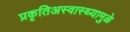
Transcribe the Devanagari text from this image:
प्रकृतिअस्वास्थ्यामुळे